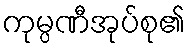
ကုမ္ပဏီအုပ်စု၏